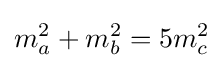
m_{a}^{2}+m_{b}^{2}=5m_{c}^{2}